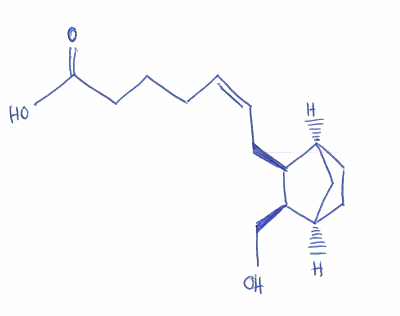
Simplified molecular-input line-entry system (SMILES) notation of the given molecule:
C1C[C@@H]2C[C@H]1[C@@H]([C@@H]2CO)C/C=C\CCCC(=O)O